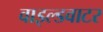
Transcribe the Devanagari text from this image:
वाइल्डवाटर